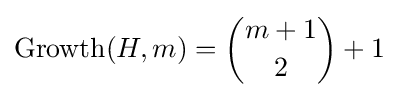
\operatorname {Growth} (H,m)={m+1 \choose 2}+1